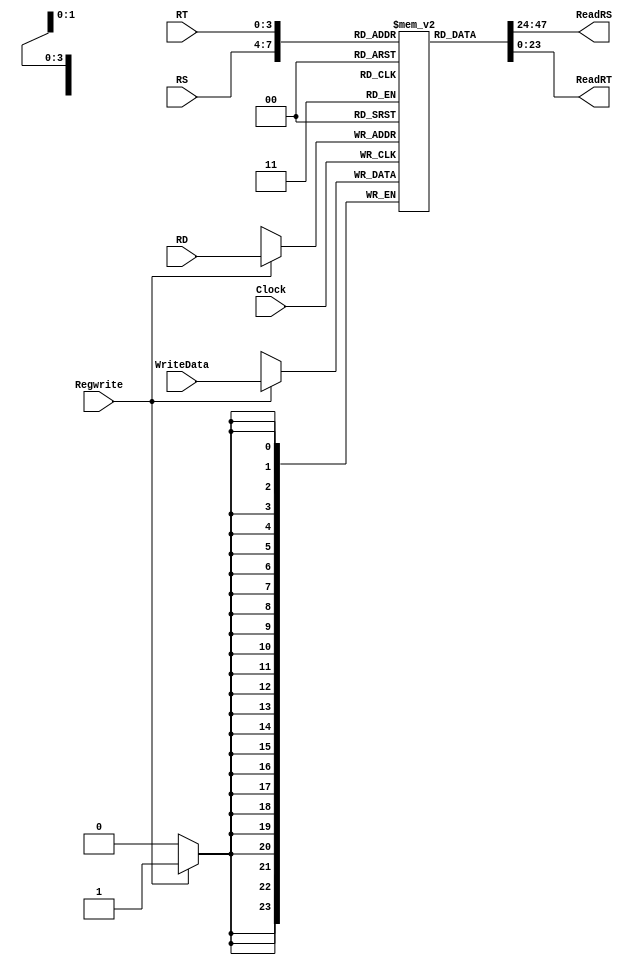
`timescale 1ns / 1ps
//////////////////////////////////////////////////////////////////////////////////
// Company: 
// Engineer: 
// 
// Design Name: 
// Module Name: RegisterFile
// Project Name: 
// Target Devices: 
// Tool Versions: 
// Description: 
// 
// Dependencies: 
// 
// Revision:
// Revision 0.01 - File Created
// Additional Comments:
// 
//////////////////////////////////////////////////////////////////////////////////

module RegisterFile(
        input wire[3:0] RS,
        input wire[3:0] RT,
        input wire[3:0] RD,
        input wire[23:0] WriteData,
        input wire Regwrite,
        input wire Clock,
        output wire[23:0] ReadRS,
        output wire[23:0] ReadRT
    );
    
    reg[23:0] Registers[15:0];
    
    integer i;
    initial
    begin
    for(i=0; i < 16 ; i= i+1)
        Registers[i] <= 24'd0;
     end
     always @(posedge Clock)
     begin
     if(Regwrite)
     begin
           Registers[RD] <= WriteData;
     end
     end
     
     assign ReadRS = Registers[RS];
     assign ReadRT = Registers[RT];  
      
endmodule